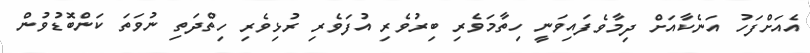
އެއަށްފަހު އަނެކާއަށް ދިމާވެފައިވަނީ ހިތާމަވެރި ބިރުވެރި އުފަވެރި ރުޅިވެރި ހިތްދަތި ނުވަތަ ކަންބޮޑުވުން